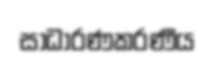
සාධාරණකරණීය